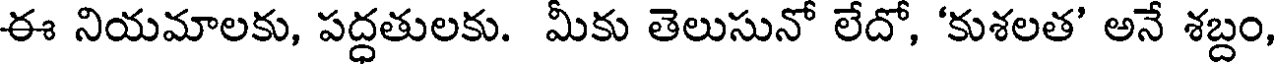
ఈ నియమాలకు, పద్ధతులకు. మీకు తెలుసునో లేదో, 'కుశలత' అనే శబ్దం,